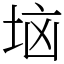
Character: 垴